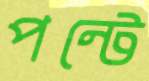
পন্টে